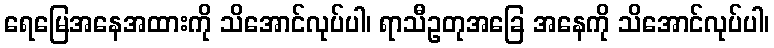
ရေမြေအနေအထားကို သိအောင်လုပ်ပါ၊ ရာသီဥတုအခြေ အနေကို သိအောင်လုပ်ပါ၊